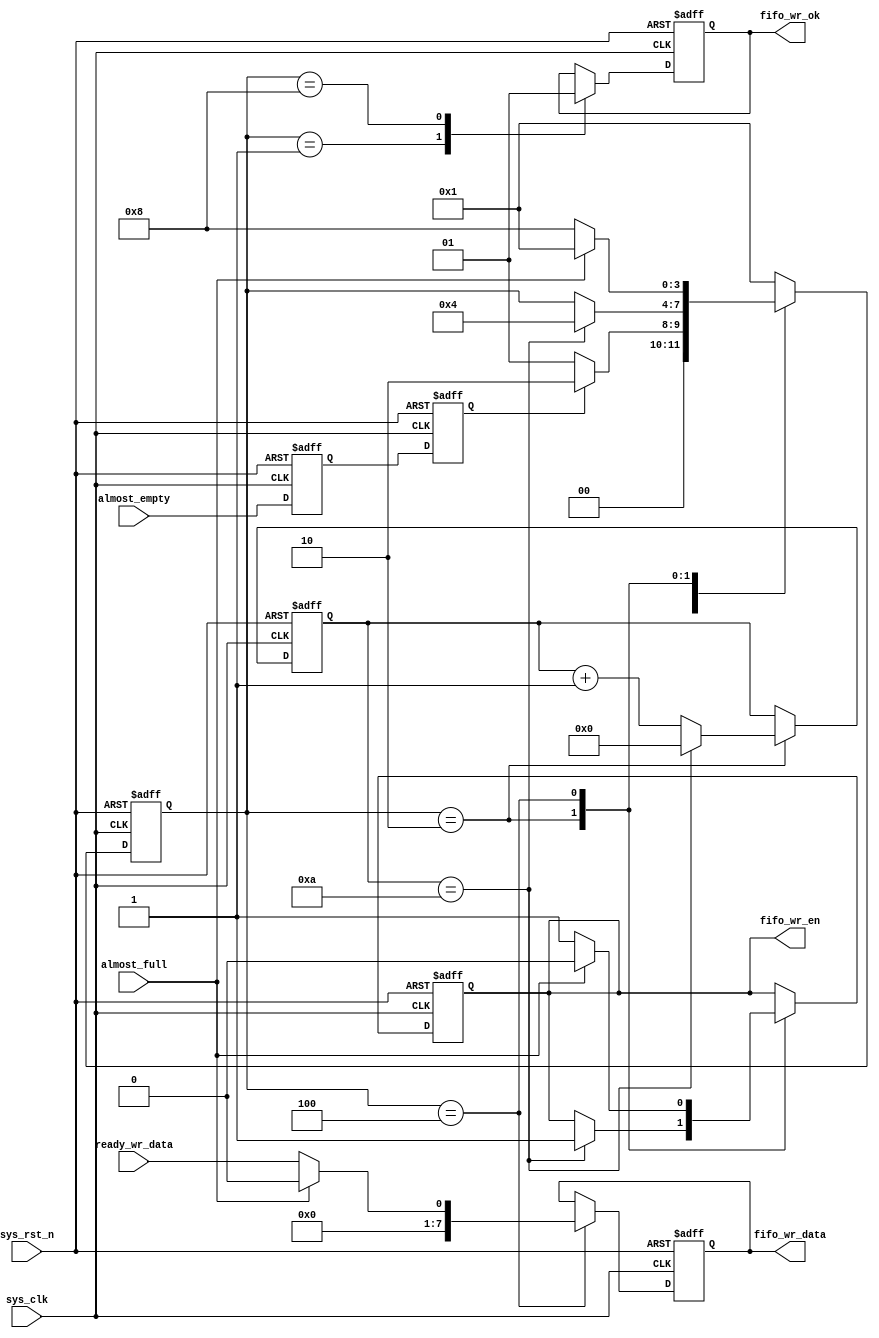
`timescale 1ns / 1ps
//////////////////////////////////////////////////////////////////////////////////
// Company: 
// Engineer: 
// 
// Design Name: 
// Module Name: fifo_wr
// Project Name: 
// Target Devices: 
// Tool Versions: 
// Description: 
// 
// Dependencies: 
// 
// Revision:
// Revision 0.01 - File Created
// Additional Comments:
// 
//////////////////////////////////////////////////////////////////////////////////

// topfifo

module fifo_wr(
    input	            sys_clk,                  //
    input               sys_rst_n,                //
    input               almost_empty,             //empty
    input               almost_full,              //full
    input               ready_wr_data,            //fifo
    
    output reg          fifo_wr_ok,               //
    output reg          fifo_wr_en,               //topfifo
    output reg[7:0]     fifo_wr_data              //fifo
    );

    parameter           IDLE    = 4'b0001,
                        EN_WR   = 4'b0010,
                        WR_FIFO = 4'b0100,
                        WR_OK   = 4'b1000;


    reg [3:0]           fifo_wr_state;
    reg                 almost_empty_d0 ;          //almost_empty 
    reg                 almost_empty_d1 ;          //almost_empty 
    reg [3:0]           dly_cnt ;                  //



    //almost_emptyrdalmost_empty
    always @( posedge sys_clk or negedge sys_rst_n )
    begin
        if ( !sys_rst_n )                   //
        begin
            almost_empty_d0 <= 1'b0;            //rxd
            almost_empty_d1 <= 1'b0;
        end
        else
        begin                              //
            almost_empty_d0 <= almost_empty; 
            almost_empty_d1 <= almost_empty_d0;
        end    
    end

    always @( posedge sys_clk or negedge sys_rst_n )
    begin
        if ( !sys_rst_n )                   //
        begin
            fifo_wr_ok <= 1'b0;
            fifo_wr_en <= 1'b0;
            fifo_wr_data <= 8'b0;
            fifo_wr_state <= IDLE;
            dly_cnt <= 4'b0;
        end
        else
        begin
            // fifo
            case ( fifo_wr_state )
                IDLE:
                begin
                    fifo_wr_ok <= 1'b0;   //
                    if ( almost_empty_d1 )
                    begin
                        fifo_wr_state <= EN_WR; 
                    end      
                    else
                        fifo_wr_state <= IDLE;
                end
                EN_WR:
                // 10 
                // FIFO IP 
                // 10  
                    if ( dly_cnt == 4'd10 )
                    begin
                        fifo_wr_en <= 1'b1;        //
                        dly_cnt <= 4'b0;
                        fifo_wr_state <= WR_FIFO;
                    end
                    else
                        dly_cnt <= dly_cnt + 1;
                WR_FIFO:
                    if ( almost_full )             //
                    begin
                        fifo_wr_en <= 1'b0;
                        fifo_wr_data <= 8'b0;
                        fifo_wr_state <= IDLE;
                    end
                    else
                    begin
                        fifo_wr_en <= 1'b1;
                        fifo_wr_data <= ready_wr_data;   //
                        fifo_wr_state <= WR_OK;
                    end
                WR_OK:
                begin                                   //1
                    fifo_wr_ok <= 1'b1;
                    fifo_wr_state <= IDLE;
                end               
                default: fifo_wr_state <= IDLE;
            endcase
        end          
    end

endmodule